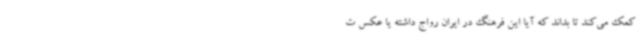
کمک می‌کند تا بداند که آیا این فرهنگ در ایران رواج داشته یا عکس ت